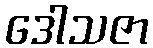
ဒေါသဇာ